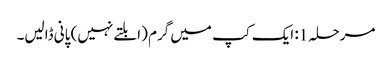
مرحلہ 1: ایک کپ میں گرم (ابلتے نہیں) پانی ڈالیں۔